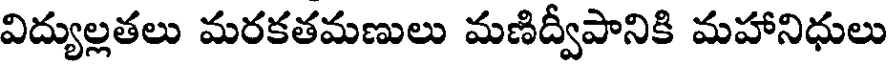
విద్యుల్లతలు మరకతమణులు మణిద్వీపానికి మహానిధులు